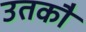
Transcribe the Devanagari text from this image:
उतकौ